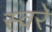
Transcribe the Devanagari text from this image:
स्वरे